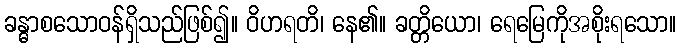
ခန္ဓာစသောဝန်ရှိသည်ဖြစ်၍။ ဝိဟရတိ၊ နေ၏။ ခတ္တိယော၊ ရေမြေကိုအစိုးရသော။